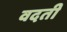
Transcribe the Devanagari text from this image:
वदती